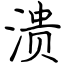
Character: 溃